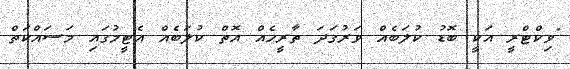
"ވިކްޓްރީ އަކީ ބޮޑު ކުލަބެއް ވަރުގަދަ ތާރީހެއް އޮތް ކުލަބެއް އެޓީމުގައި މަސައްކަތް